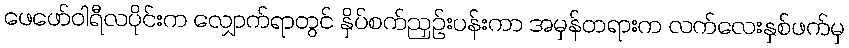
ဖေဖော်ဝါရီလပိုင်းက လျှောက်ရာတွင် နှိပ်စက်ညှဉ်းပန်းကာ အမှန်တရားက လက်လေးနှစ်ဖက်မှ